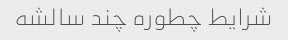
شرایط چطوره چند سالشه